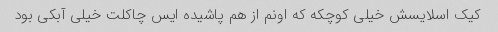
کیک اسلایسش خیلی کوچکه که اونم از هم پاشیده ایس چاکلت خیلی آبکی بود